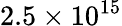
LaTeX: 2.5\times 10^{15}